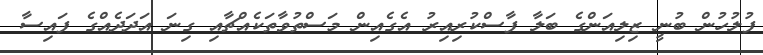
ފުލުހުން ބުނީ ޒިލިއަންގެ ބަލާ ފާސްކުރިއިރު އެގެއިން މަސްތުވާތަކެއްޗާއި ގިނަ އަދަދެއްގެ ފައިސާ